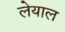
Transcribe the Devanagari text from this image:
लेयाल